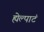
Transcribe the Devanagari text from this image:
ह्येल्पाटं